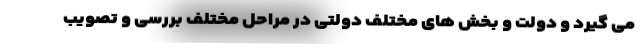
می گیرد و دولت و بخش های مختلف دولتی در مراحل مختلف بررسی و تصویب